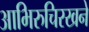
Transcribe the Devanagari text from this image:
आभिरुचिरखने